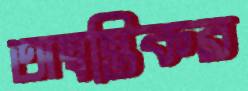
অস্বস্তিকর